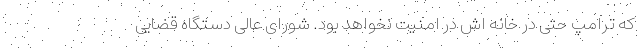
که ترامپ حتی در خانه اش در امنیت نخواهد بود. شورای عالی دستگاه قضایی